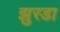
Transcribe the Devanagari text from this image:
झुरडा